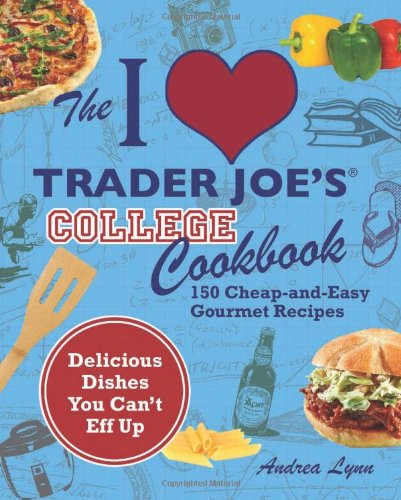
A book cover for The I Love Trader Joe's College Cookbook: 150 Cheap and Easy Gourmet Recipes; Andrea Lynn; Cookbooks, Food & Wine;